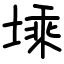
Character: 塖